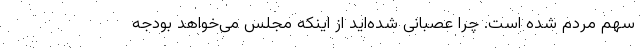
سهم مردم شده است. چرا عصبانی شده‌اید از اینکه مجلس می‌خواهد بودجه